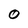
Character: O